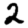
Digit: 2